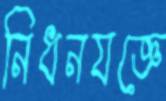
নিধনযজ্ঞে